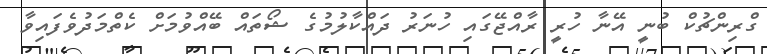
ގްރިންޗުކް ބުނީ އޭނާ ހުރީ ރާއްޖޭގައި ހުނަރު ދައްކާލުމުގެ ޝޯތައް ބޭއްވުމަށް ކެތްމަދުވެފައިވާ